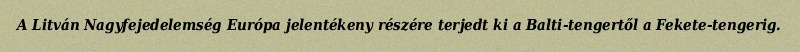
A Litván Nagyfejedelemség Európa jelentékeny részére terjedt ki a Balti-tengertől a Fekete-tengerig.